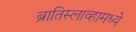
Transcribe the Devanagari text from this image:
ब्रातिस्लाव्हामध्ये